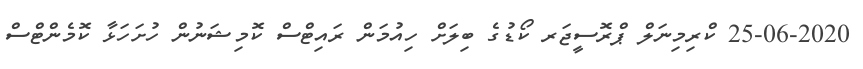
25-06-2020 ކްރިމިނަލް ޕްރޮސީޖަރ ކޯޑުގެ ބިލަށް ހިއުމަން ރައިޓްސް ކޮމިޝަނުން ހުށަހަޅާ ކޮމެންޓްސް